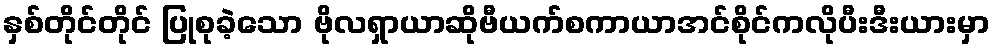
နှစ်တိုင်တိုင် ပြုစုခဲ့သော ဗိုလရှာယာဆိုဗီယက်စကာယာအင်စိုင်ကလိုပီးဒီးယားမှာ